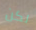
لكن